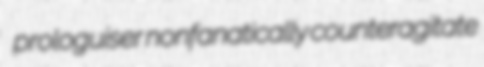
prologuiser nonfanatically counteragitate